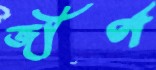
জীর্ণ